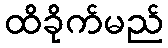
ထိခိုက်မည်